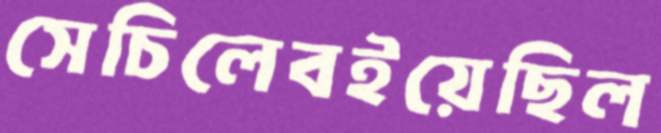
সেচিলেবইয়েছিল